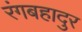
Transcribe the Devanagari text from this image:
रंगबहादुर